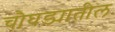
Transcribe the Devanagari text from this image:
चौघड्यातील